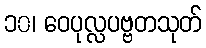
၁၀၊ ဝေပုလ္လပဗ္ဗတသုတ်